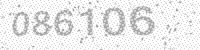
Solution: 086106